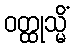
ဝတ္ထုသ္မိံ